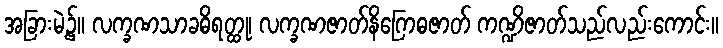
အခြားမဲ့၌။ လက္ခဏသာခဓိရတ္ထု၊ လက္ခဏဇာတ်နိဂြောဓဇာတ် ကဏ္ဍိဇာတ်သည်လည်းကောင်း။